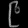
Digit: ၉